Report of the Hyderabad Chloroform Commission
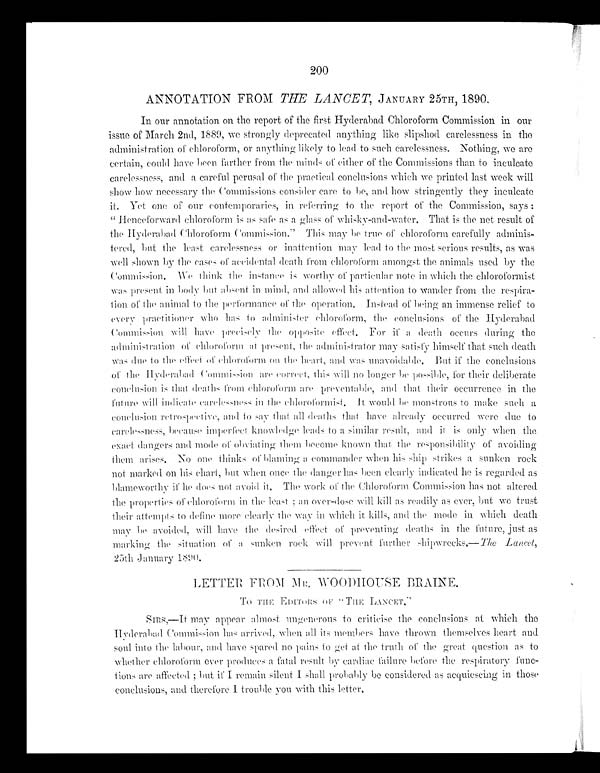
200
ANNOTATION FROM THE LANCET,J A N U A R Y 2 5 T H ,
1 8 9 0 .
In our annotation on the report of the first Hyderabad Chloroform Commission in our
issue of March 2nd, 1889, we strongly deprecated anything like slipshod carelessness in the
administration of chloroform, or anything likely to lead to such carelessness. Nothing, we are
certain, could have been farther from the minds of either of the Commissions than to inculcate
carelessness, and a careful perusal of the practical conclusions which we printed last week will
show how necessary the Commissions consider care to be, and how stringently they inculcate
it. Yet one of our contemporaries, in referring to the report of the Commission, says :
“ Henceforward chloroform is as safe as a glass of whisky-and-water. That is the net result of
the Hyderabad Chloroform Commission.” This may be true of chloroform carefully adminis
-tered, but the least carelessness or inattention may lead to the most serious results, as was
well shown by the cases of accidental death from chloroform amongst the animals used by the
Commission. We think the instance is worthy of particular note in which the chloroformist
was present in body but absent in mind, and allowed his attention to wander from the respira
-tion of the animal to the performance of the operation. Instead of being an immense relief to
every practitioner who has to administer chloroform, the conclusions of the Hyderabad
commission will have precisely the opposite effect. For ifa d e a t h
o c c u r s d u r i n g t h e
administration of chloroform present, the administrator may satisfy himself that such death
was due to the effect of chloroform on the heart, and was unavoidable. But if' the conclusions
of the Hyderabad commission are correct, this will no longer be possible, f or their deliberate
conclusion is that deaths from chloroform are preventable, and that their occurrence in the
future will indicate carelessness in the chloroformist. It would be monstrous to make such a
conclusion retrospective, and to say that all deaths that have already occurred were due to
carelessness, because imperfect knowledge leads to a similar result, and it is only when the
exact dan g ers and mode of obviating them become known that the responsibility of avoiding
them arise. No one thinks a blaming a commander when his ship strikes a sunken rock
not marked on his chart, but when once the danger has been clearly indicated he is regarded as
blameworthy if he does not avoid it. The work of the chloroform Commission has not altered
the properties of cliloroform in the leat
; ano v e r - d o s e w i l l k i l l a s
r e a d i l y a s
e v e r , b u t w e t r u s t
their attempts to define more clearly the way in which it kills, and the mode in which death
may be avoided, will have the desired effect of preventing deaths in the future, just as
marking the situation of a sunken rock will prevent further shipwrecks.— The Lancet,
25th January 1890.
LETTER FROM MR, WOODHOUSE BRAINE.
TO THE EDITORS OF “THE LANCET.”
SIRS,—It may appear almost ungenerous to criticise the conclusions at which the
Hyderabad Commission has arrived, when all its members have thrown themselves heart and
soul into the labour, and have spared no pains to get at the truth of the great question as to
whether chloroform ever produces a fatal result by cardiac failure before the respiratory func
-tions are affected ; but if I remain silent I shall probably be considered as acquiescing in those
conclusions, and therefore I trouble you with this letter.